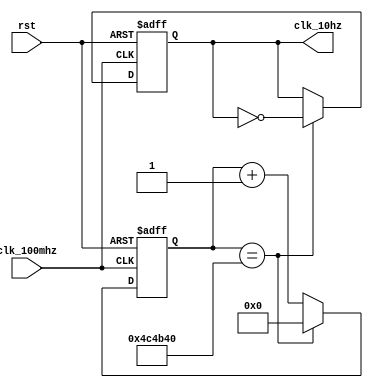
`timescale 1ns / 1ps

module clk_10hz(
    input rst,
    input clk_100mhz,
    output reg clk_10hz
    );

reg [27:0] count;

always @(posedge clk_100mhz or posedge rst)
if (rst) begin count<=0; clk_10hz<=0; end
else if (count==5000000) begin clk_10hz<=~clk_10hz; count<=0; end
else count<=count+1;

endmodule